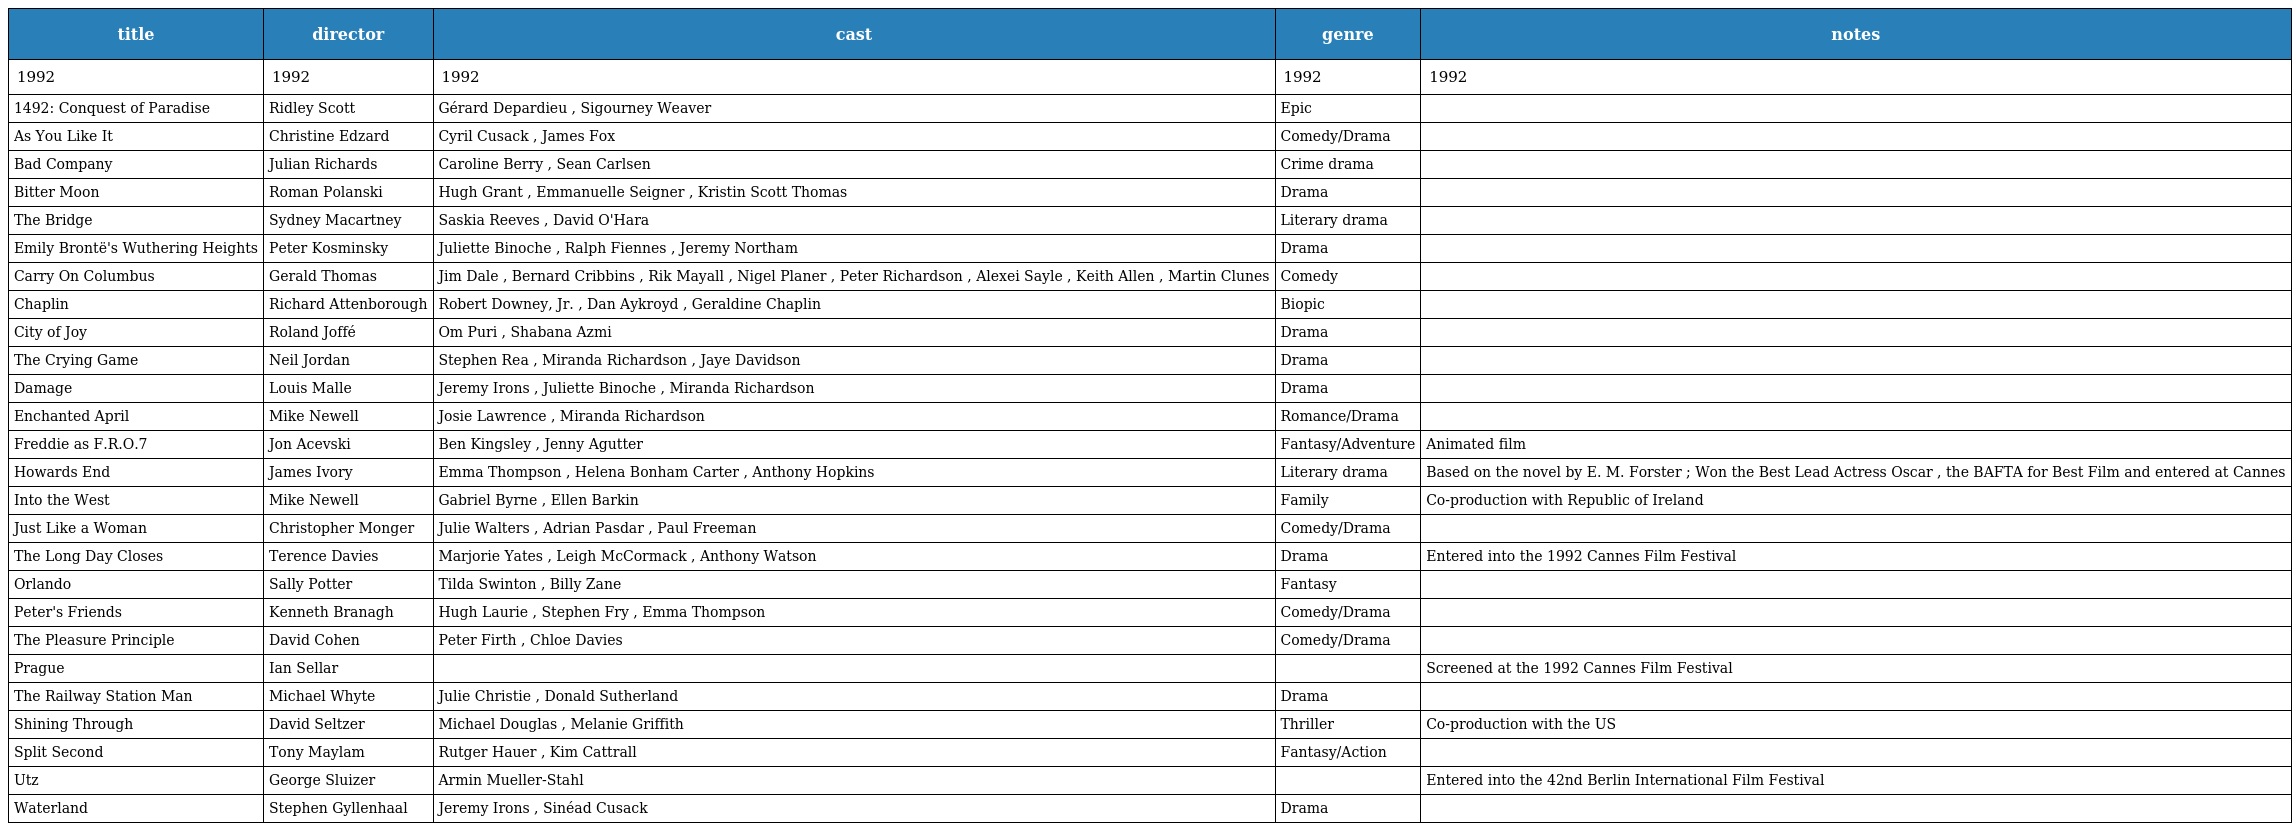
| title | director | cast | genre | notes |
 | --- | --- | --- | --- | --- |
 | 1992 | 1992 | 1992 | 1992 | 1992 |
 | 1492: Conquest of Paradise | Ridley Scott | Gérard Depardieu , Sigourney Weaver | Epic |  |
 | As You Like It | Christine Edzard | Cyril Cusack , James Fox | Comedy/Drama |  |
 | Bad Company | Julian Richards | Caroline Berry , Sean Carlsen | Crime drama |  |
 | Bitter Moon | Roman Polanski | Hugh Grant , Emmanuelle Seigner , Kristin Scott Thomas | Drama |  |
 | The Bridge | Sydney Macartney | Saskia Reeves , David O'Hara | Literary drama |  |
 | Emily Brontë's Wuthering Heights | Peter Kosminsky | Juliette Binoche , Ralph Fiennes , Jeremy Northam | Drama |  |
 | Carry On Columbus | Gerald Thomas | Jim Dale , Bernard Cribbins , Rik Mayall , Nigel Planer , Peter Richardson , Alexei Sayle , Keith Allen , Martin Clunes | Comedy |  |
 | Chaplin | Richard Attenborough | Robert Downey, Jr. , Dan Aykroyd , Geraldine Chaplin | Biopic |  |
 | City of Joy | Roland Joffé | Om Puri , Shabana Azmi | Drama |  |
 | The Crying Game | Neil Jordan | Stephen Rea , Miranda Richardson , Jaye Davidson | Drama |  |
 | Damage | Louis Malle | Jeremy Irons , Juliette Binoche , Miranda Richardson | Drama |  |
 | Enchanted April | Mike Newell | Josie Lawrence , Miranda Richardson | Romance/Drama |  |
 | Freddie as F.R.O.7 | Jon Acevski | Ben Kingsley , Jenny Agutter | Fantasy/Adventure | Animated film |
 | Howards End | James Ivory | Emma Thompson , Helena Bonham Carter , Anthony Hopkins | Literary drama | Based on the novel by E. M. Forster ; Won the Best Lead Actress Oscar , the BAFTA for Best Film and entered at Cannes |
 | Into the West | Mike Newell | Gabriel Byrne , Ellen Barkin | Family | Co-production with Republic of Ireland |
 | Just Like a Woman | Christopher Monger | Julie Walters , Adrian Pasdar , Paul Freeman | Comedy/Drama |  |
 | The Long Day Closes | Terence Davies | Marjorie Yates , Leigh McCormack , Anthony Watson | Drama | Entered into the 1992 Cannes Film Festival |
 | Orlando | Sally Potter | Tilda Swinton , Billy Zane | Fantasy |  |
 | Peter's Friends | Kenneth Branagh | Hugh Laurie , Stephen Fry , Emma Thompson | Comedy/Drama |  |
 | The Pleasure Principle | David Cohen | Peter Firth , Chloe Davies | Comedy/Drama |  |
 | Prague | Ian Sellar |  |  | Screened at the 1992 Cannes Film Festival |
 | The Railway Station Man | Michael Whyte | Julie Christie , Donald Sutherland | Drama |  |
 | Shining Through | David Seltzer | Michael Douglas , Melanie Griffith | Thriller | Co-production with the US |
 | Split Second | Tony Maylam | Rutger Hauer , Kim Cattrall | Fantasy/Action |  |
 | Utz | George Sluizer | Armin Mueller-Stahl |  | Entered into the 42nd Berlin International Film Festival |
 | Waterland | Stephen Gyllenhaal | Jeremy Irons , Sinéad Cusack | Drama |  |